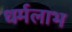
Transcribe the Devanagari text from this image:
धर्मलाभ